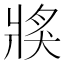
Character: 𤟌